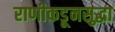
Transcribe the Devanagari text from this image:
राणीकडूनसुद्धा